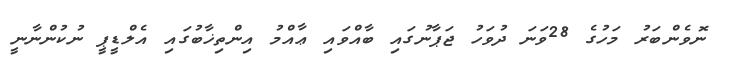
ނޮވެންބަރު މަހުގެ 28ވަނަ ދުވަހު ޖަޕާނުގައި ބާއްވައި ޢާއްމު އިންތިޚާބުގައި އެލްޑީޕީ ނުކުންނާނީ